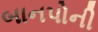
બાનપોની